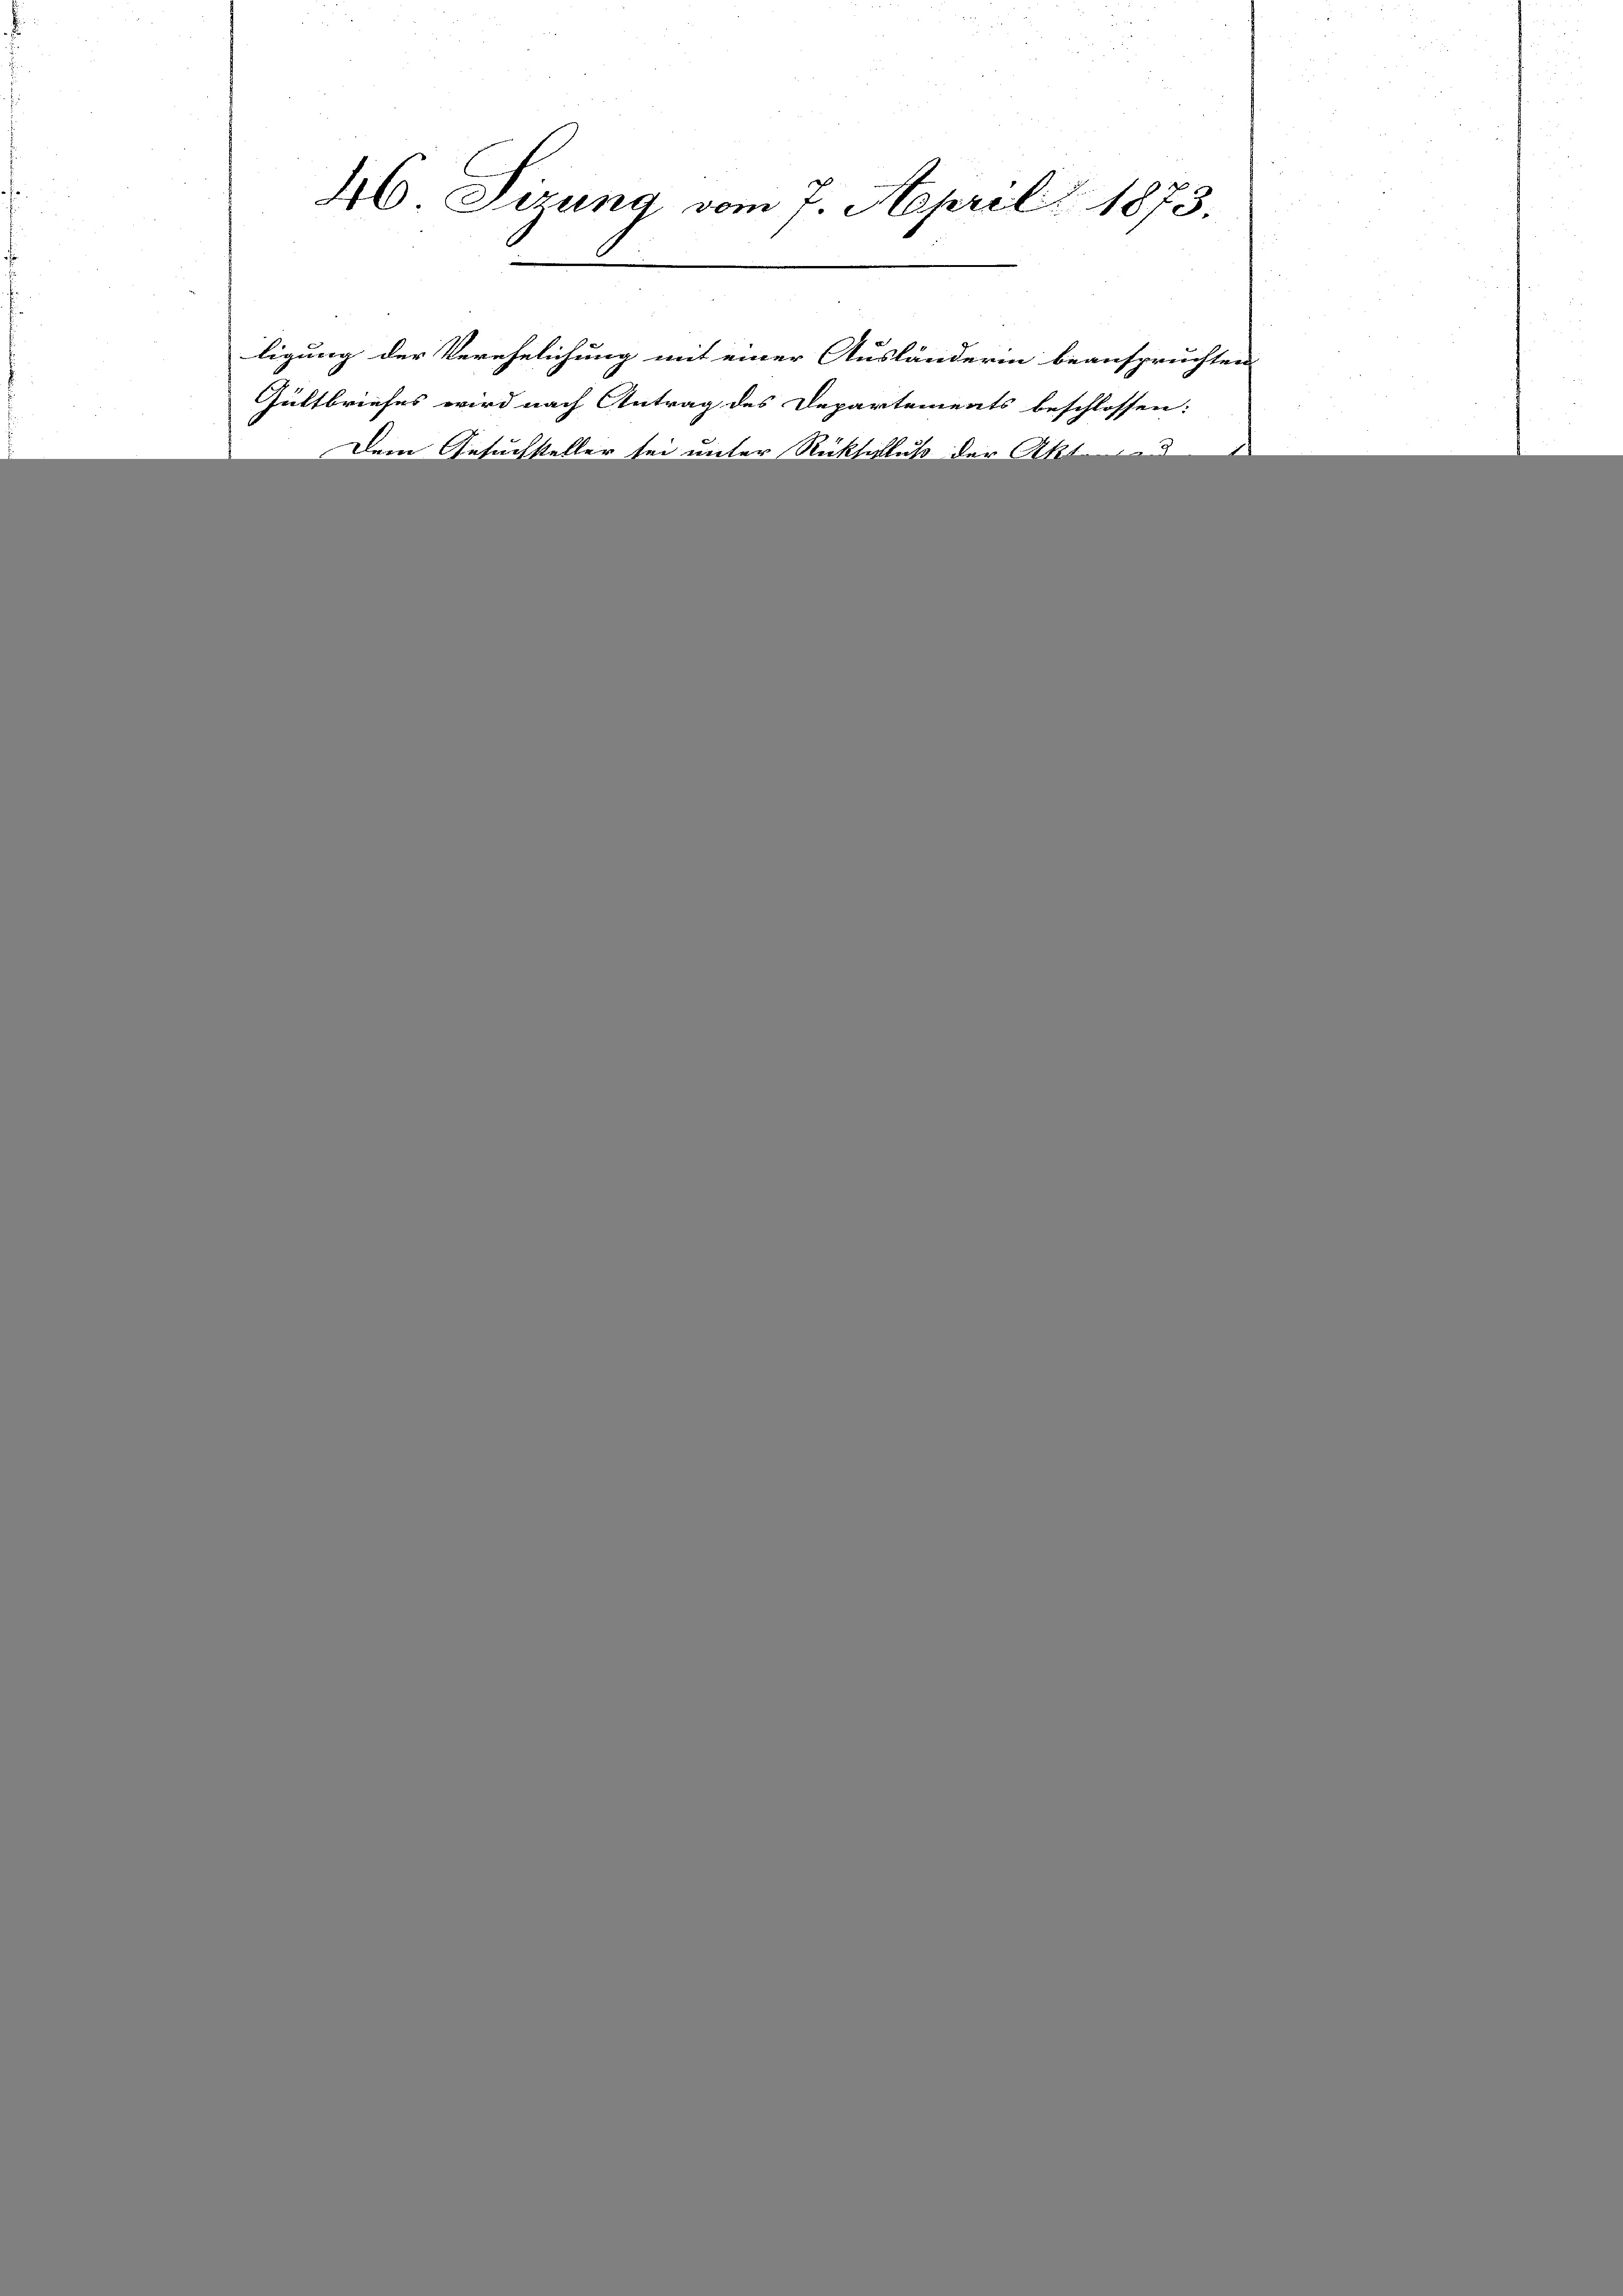
H. Sizung vom 7. April 1873.

ligung der Verehelichung mit einer Ausländerin beanspruchten
Gültbriefes wird nach Antrag des Departements beschlossen:
Dem Gesuchsteller sei unter Rückschluß der Akt
3